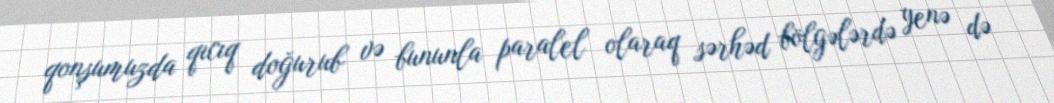
qonşumuzda qıcıq doğurub və bununla paralel olaraq sərhəd bölgələrdə yenə də